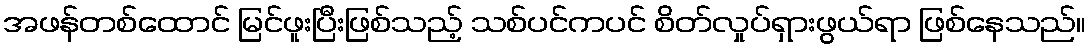
အဖန်တစ်ထောင် မြင်ဖူးပြီးဖြစ်သည့် သစ်ပင်ကပင် စိတ်လှုပ်ရှားဖွယ်ရာ ဖြစ်နေသည်။